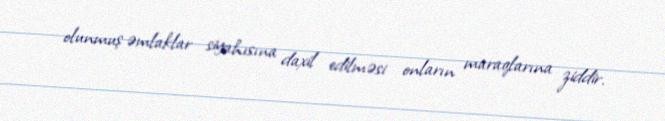
olunmuş əmlaklar siyahısına daxil edilməsi onların maraqlarına ziddir.